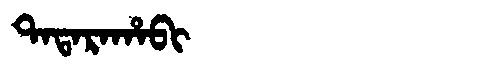
Manchu: ᡨᠠᡨᠠᡵᠠᡥᠠᠪᡳ
Romanization: TATARAHABI